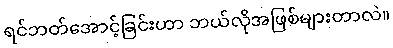
ရင်ဘတ်အောင့်ခြင်းဟာ ဘယ်လိုအဖြစ်များတာလဲ။